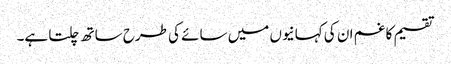
تقسیم کا غم ان کی کہانیوں میں سائے کی طرح ساتھ چلتا ہے۔